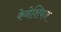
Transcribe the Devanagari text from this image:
केनेशियन